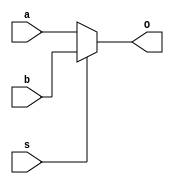
`timescale 1ns / 1ps
//////////////////////////////////////////////////////////////////////////////////
// Company: 
// Engineer: 
// 
// Design Name: 
// Module Name:    MUX 
// Project Name: 
// Target Devices: 
// Tool versions: 
// Description: 
//
// Dependencies: 
//
// Revision: 
// Revision 0.01 - File Created
// Additional Comments: 
//
// assignment no.: 5
// problem no.: 1
// semester : 5th semester
// group no.: 64
// names of group members: 1. Jatoth Charan Sai, 2. Tirupathi Suguna Bhaskar.
//////////////////////////////////////////////////////////////////////////////////
module MUX(
    input a,
    input b,
    input s,
    output reg O
    );
	 
	always@(*) 			// 2 - 1 mux logic  s.b + ~s.a
	begin 
		if(s) 			// accorting to value of s the input value will be loaded to output or previous shifted value will be outputed
			O <= b;  
		else
			O <= a;
	end 

endmodule